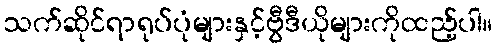
သက်ဆိုင်ရာရုပ်ပုံများနှင့်ဗွီဒီယိုများကိုထည့်ပါ။